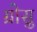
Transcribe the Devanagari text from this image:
ग्रोसु